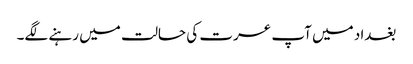
بغداد میں آپ عسرت کی حالت میں رہنے لگے۔